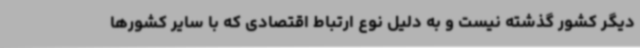
دیگر کشور گذشته نیست و به دلیل نوع ارتباط اقتصادی که با سایر کشورها